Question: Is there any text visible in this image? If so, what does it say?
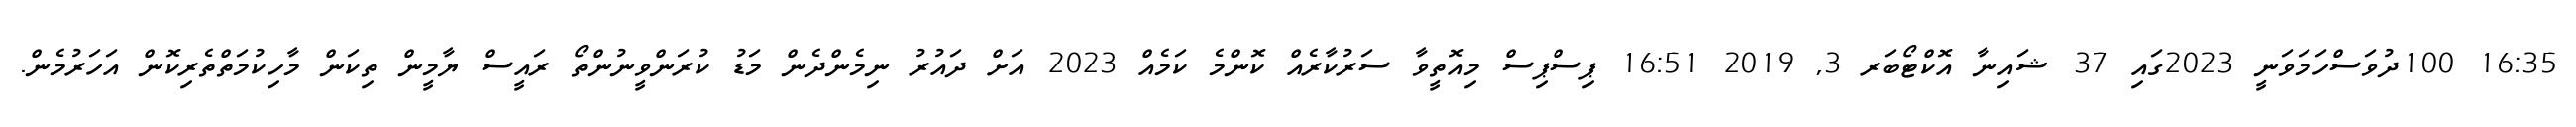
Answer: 16:35 100ދުވަސްހަމަވަނީ 2023ގައި 37 ޝައިނާ އޮކްޓޯބަރ 3, 2019 16:51 ޕިސްޕިސް މިއޮތީވާ ސަރުކާރެއް ކޮންމެ ކަމެއް 2023 އަށް ދައުރު ނިމެންދެން މަޑު ކުރަންވީނުންތޯ ރައީސް ޔާމީން ތިކަން މާހިކުމަތްތެރިކޮން އަހަރުމެން.